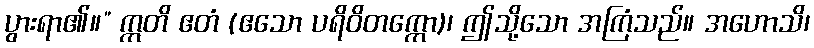
ပွားရာ၏။” ဣတိ ဧတံ (ဧသော ပရိဝိတက္ကော)၊ ဤသို့သော အကြံသည်။ အဟောသိ၊